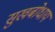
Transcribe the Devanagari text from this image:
सुखबोधाय